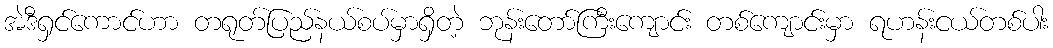
အဲဒီရှင်ကောင်ဟာ တရုတ်ပြည်နယ်စပ်မှာရှိတဲ့ ဘုန်းတော်ကြီးကျောင်း တစ်ကျောင်းမှာ ရဟန်းငယ်တစ်ပါး